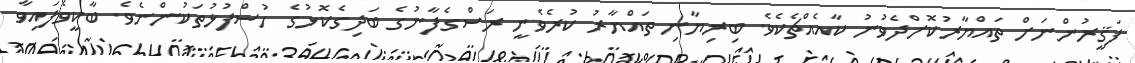
ފަޤީރުންނަށް ތައްޔާރުކޮށްދެވުނު ކާއެއްޗެކެވެ. ބިރިޔާނި ތައްޔާރު ކުރެވެނީ ރަސްގެފާނުގެ ބަދިގެކޮޅުގެ ހުސްފުޅުތަކުންނެވެ. ބާކީވެފައިވާ